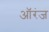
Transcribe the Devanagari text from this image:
ऑरंज